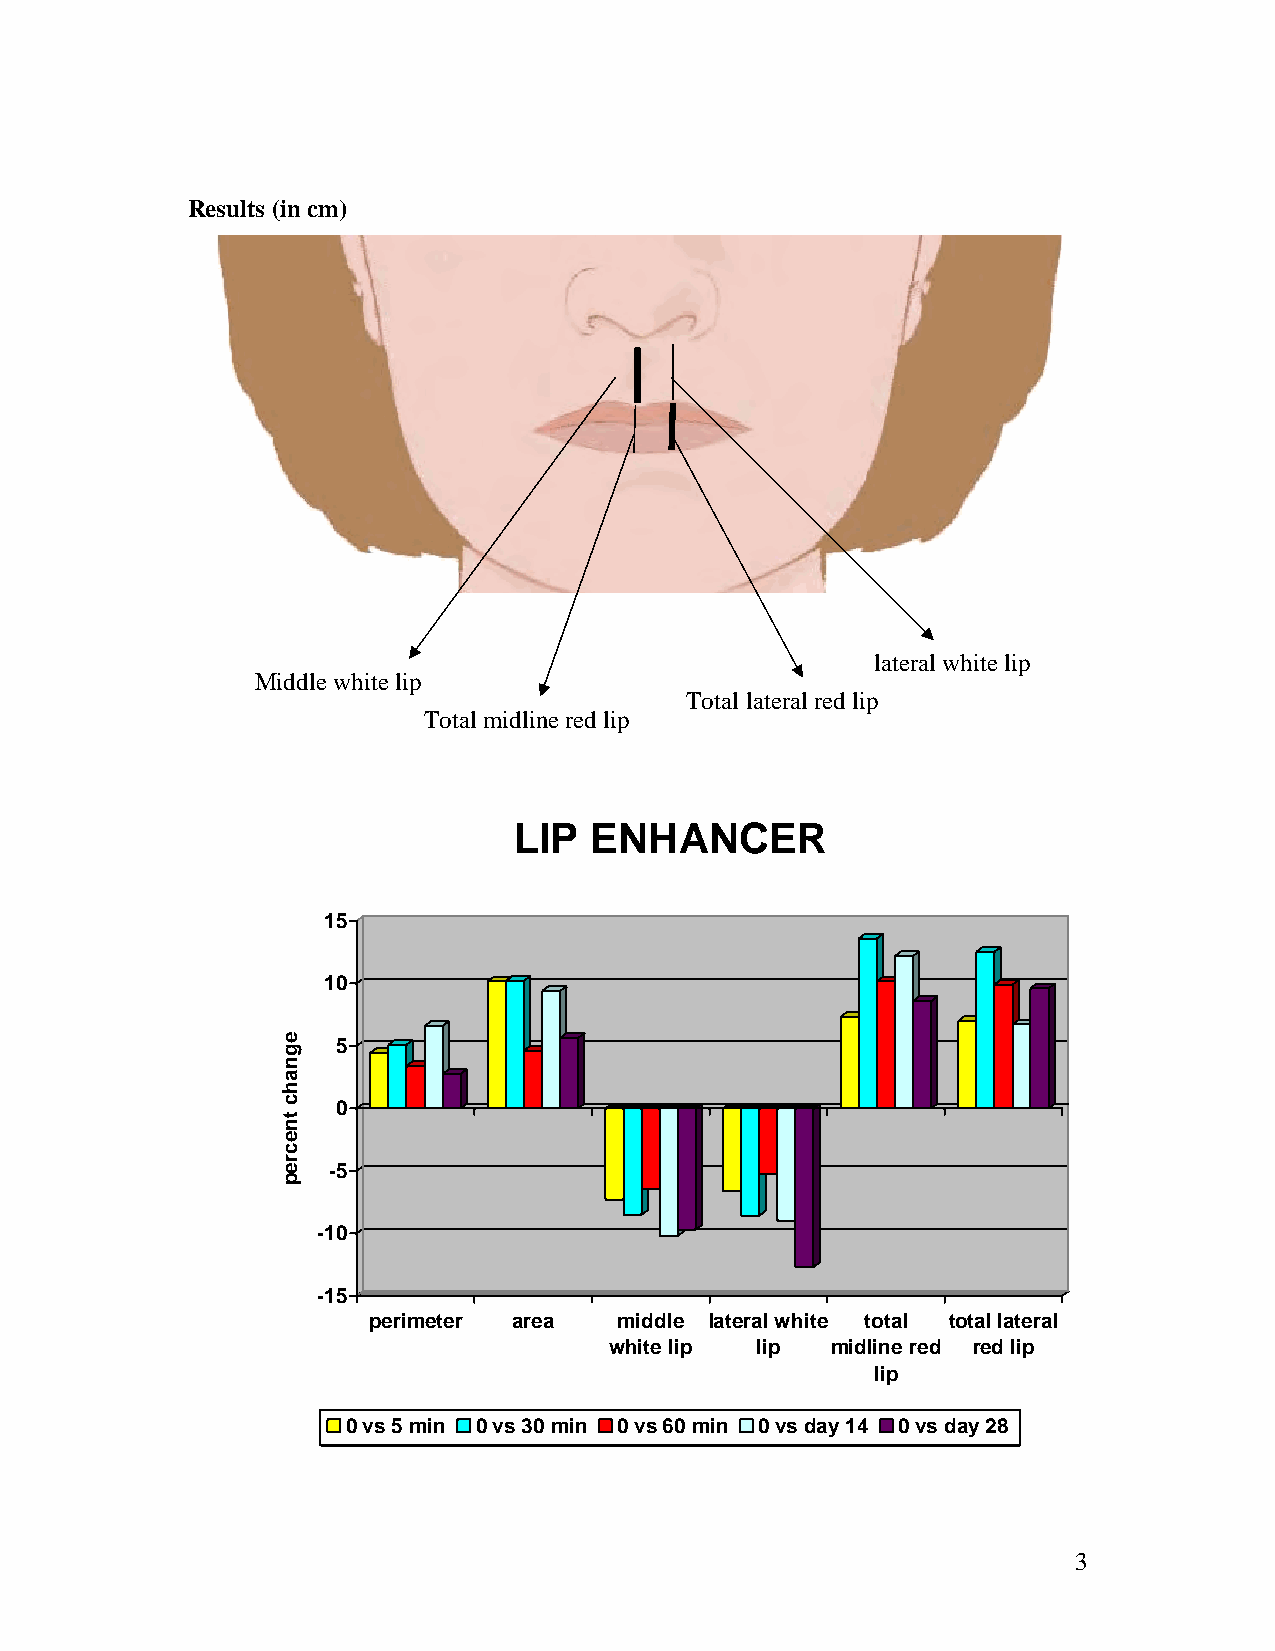
Results (in cm)
 lateral white lip
 Middle white lip
 Total lateral red lip
 Total midline red lip
 LIP  ENHANCER
 15
 10
 5
 0
 -5
 -10
 -15
 perimeter area   middle lateral white total total lateral
 white lip lip  midline red red lip
 lip
 0 vs 5 min 0 vs 30 min 0 vs 60 min 0 vs day 14 0 vs day 28
 3
 egnahc
 tnecrep